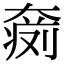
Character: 𡙨